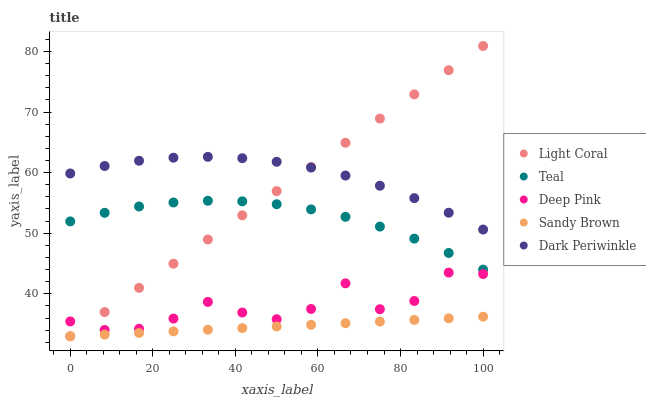
| xaxis_label | Light Coral | Teal | Deep Pink | Sandy Brown | Dark Periwinkle |
 | --- | --- | --- | --- | --- | --- |
 | 0 | 33 | 52 | 35.4 | 33 | 59.9 |
 | 8.33 | 37 | 53.4 | 34 | 33.3 | 61.1 |
 | 16.7 | 41 | 54.4 | 34.2 | 33.5 | 62 |
 | 25 | 45 | 55.1 | 35.9 | 33.8 | 62.5 |
 | 33.3 | 49 | 55.4 | 38.7 | 34.1 | 62.6 |
 | 41.7 | 53 | 55.3 | 36.9 | 34.3 | 62.4 |
 | 50 | 56.9 | 54.8 | 35.8 | 34.6 | 61.8 |
 | 58.3 | 60.9 | 53.9 | 37.5 | 34.9 | 60.8 |
 | 66.7 | 64.9 | 52.7 | 41.7 | 35.2 | 59.5 |
 | 75 | 68.9 | 51.1 | 37.5 | 35.4 | 57.8 |
 | 83.3 | 72.9 | 49.1 | 38.8 | 35.7 | 55.8 |
 | 91.7 | 76.9 | 46.7 | 43.5 | 36 | 53.4 |
 | 100 | 80.9 | 44 | 43.3 | 36.2 | 50.6 |